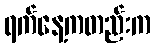
ရက်နေ့ကတည်းက